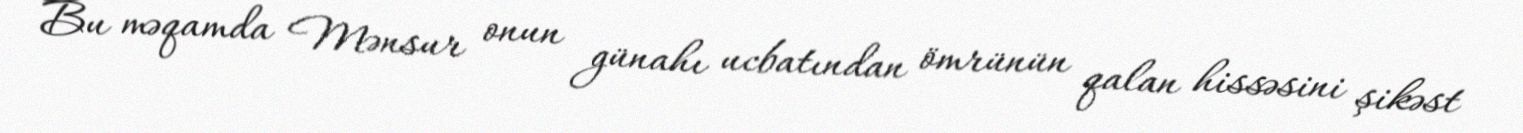
Bu məqamda Mənsur onun günahı ucbatından ömrünün qalan hissəsini şikəst